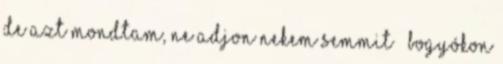
de azt mondtam, ne adjon nekem semmit – bogyókon